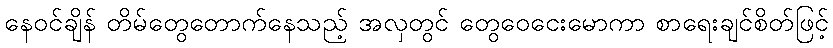
နေဝင်ချိန် တိမ်တွေတောက်နေသည့် အလှတွင် တွေဝေငေးမောကာ စာရေးချင်စိတ်ဖြင့်